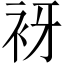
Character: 𧘪